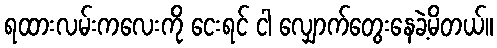
ရထားလမ်းကလေးကို ငေးရင် ငါ လျှောက်တွေးနေခဲ့မိတယ်။